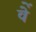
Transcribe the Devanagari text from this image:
वेें